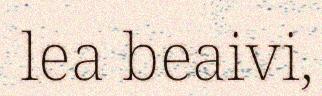
lea beaivi,